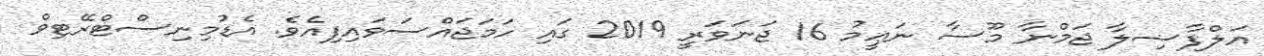
އަލްފާޟިލާ ޖަމްނާ މޫސާ ނަޢީމު 16 ޖަނަވަރީ 2019 ގައި ހަމަޖައްސަވައިފިއެވެ. އެޑުމިނިސްޓްރޭޓިވް